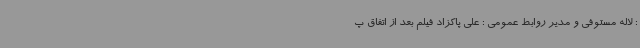
: لاله مستوفی و مدیر روابط عمومی : علی پاکزاد فیلم بعد از اتفاق پ